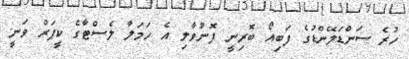
ހުރެ ސަންޑަލޭންޑުގެ ފަބިއޯ ބޮރިނީ ފޮނުވާލި އެ ހަމަލާ ލެސްޓާގެ ކީޕަރު ވަނީ